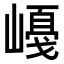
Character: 𡼛